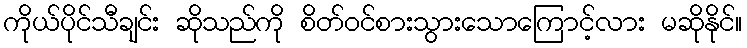
ကိုယ်ပိုင်သီချင်း ဆိုသည်ကို စိတ်ဝင်စားသွားသောကြောင့်လား မဆိုနိုင်။